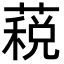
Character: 𮑏